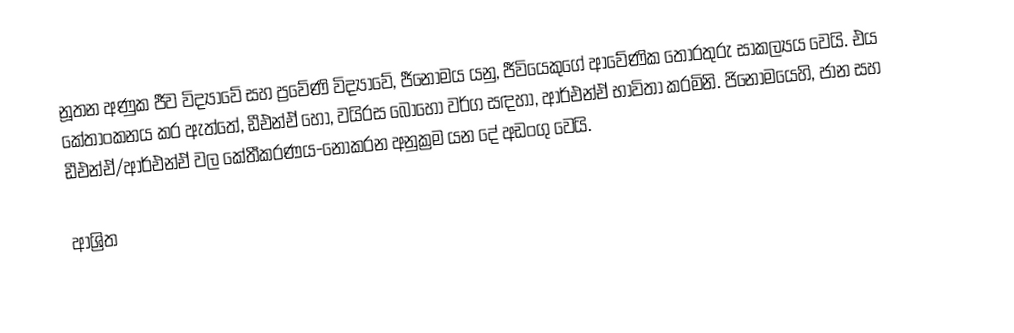
නූතන අණුක ජීව විද්‍යාවේ සහ  ප්‍රවේණි විද්‍යාවේ, ජීනෝමය යනු, ජීවියෙකුගේ  ආවේණික තොරතුරු සාකල්‍යය වෙයි. එය කේතාංකනය කර ඇත්තේ, ඩීඑන්ඒ හෝ, වයිරස බොහෝ වර්ග සඳහා, ආර්එන්ඒ භාවිතා කරමිනි. ජිනෝමයෙහි, ජාන සහ  ඩීඑන්ඒ/ආර්එන්ඒ වල කේතීකරණය-නොකරන අනුක්‍රම යන දේ අඩංගු වෙයි.

ආශ්‍රිත